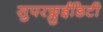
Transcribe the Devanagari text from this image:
सुपरफ्लुईडिटी